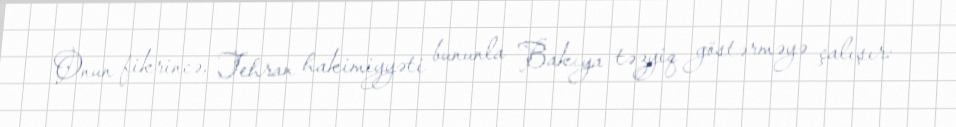
Onun fikrincə, Tehran hakimiyyəti bununla Bakıya təzyiq göstərməyə çalışır: